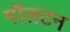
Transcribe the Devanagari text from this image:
मॉलटन